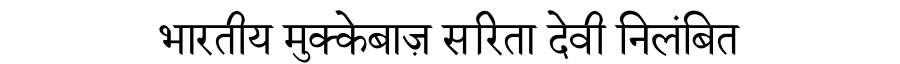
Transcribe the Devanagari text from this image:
भारतीय मुक्केबाज़ सरिता देवी निलंबित